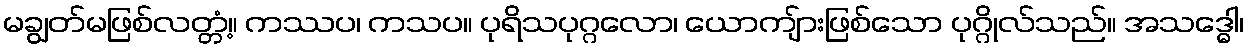
မချွတ်မဖြစ်လတ္တံ့။ ကဿပ၊ ကသပ။ ပုရိသပုဂ္ဂလော၊ ယောကျ်ားဖြစ်သော ပုဂ္ဂိုလ်သည်။ အသဒ္ဓေါ၊